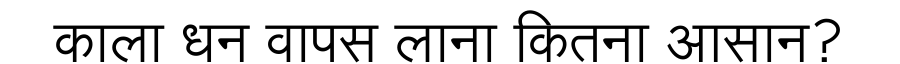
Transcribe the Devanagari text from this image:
काला धन वापस लाना कितना आसान?